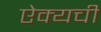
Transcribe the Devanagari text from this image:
ऐक्यची